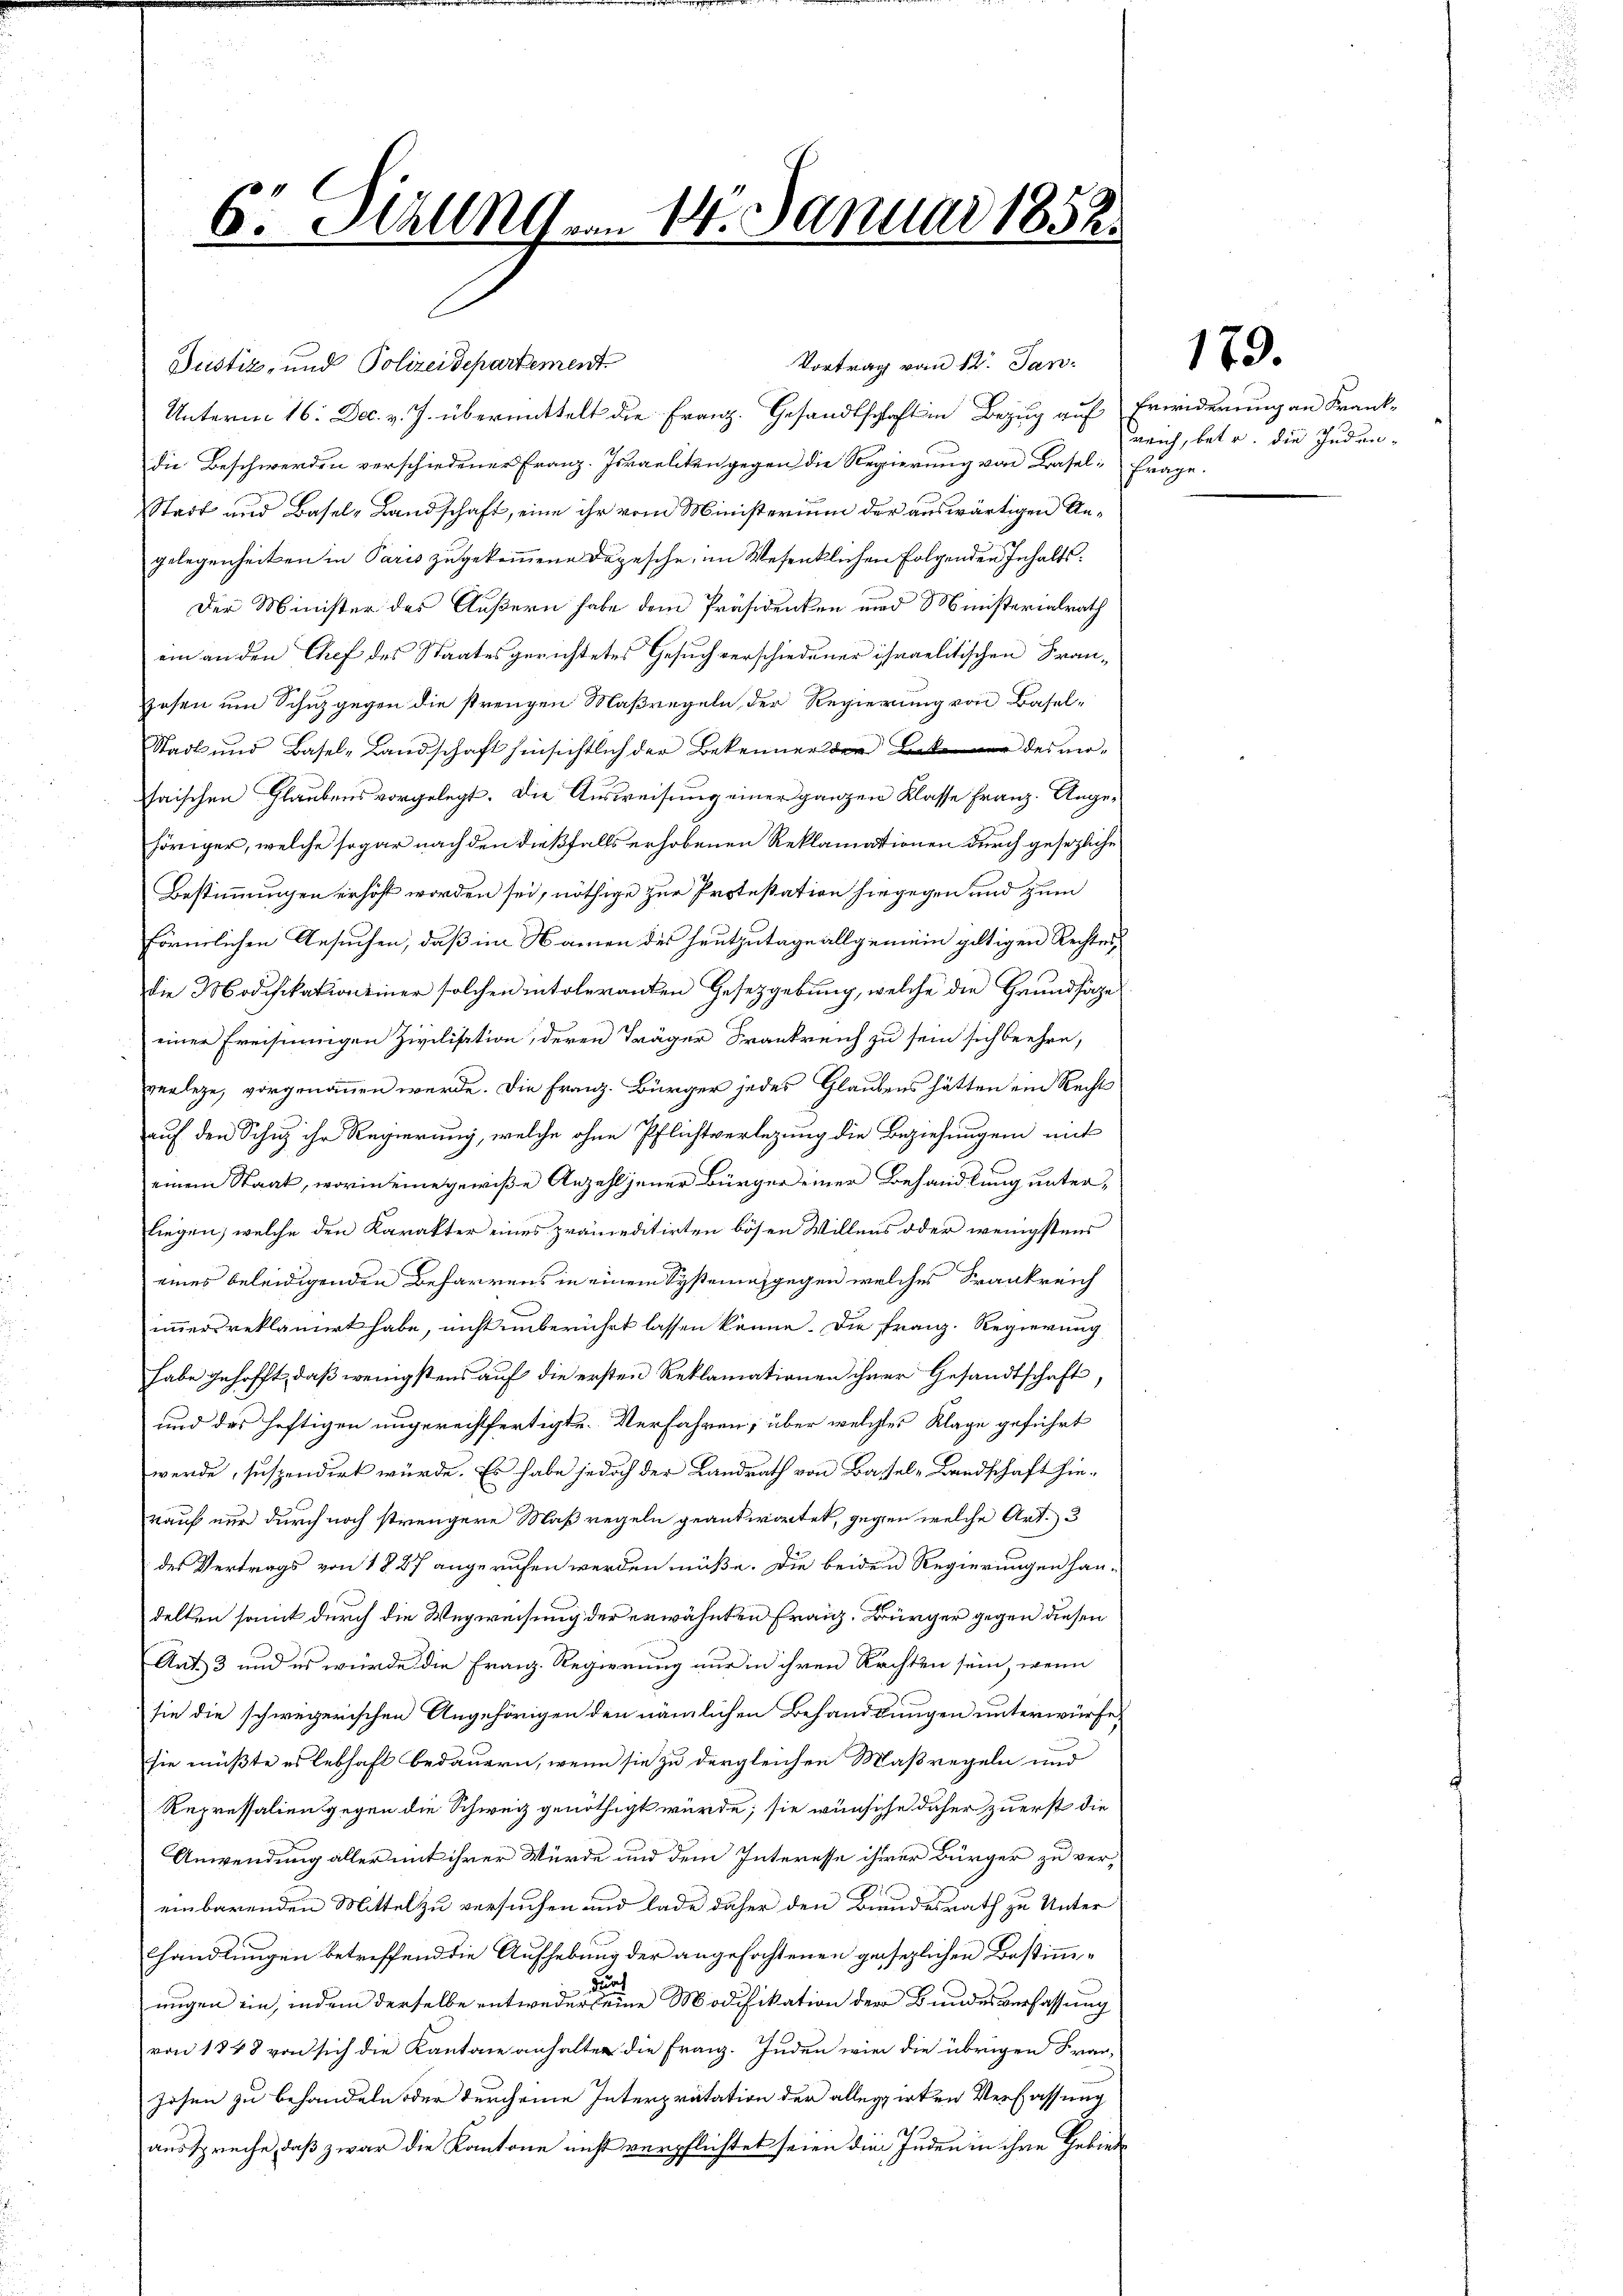
6. Hall von 16. Januar 1852

Justiz- und Polizeidepartement
Unterm 16. Dec. v. J. übermittelt die Franz. Gesandtschaft in Bezug auf
die Beschwerden verschiedener Franz-Israeliten gegen die Regierung von Basel, Frage.
Stadt und Basel-Landschaft, eine ihr vom Ministerium der auswärtigen Angelegenheiten in Paris zugekommene Depesche, im Wesentlichen folgenden Inhalts¬
Der Minister des Äußern habe dem Präsidenken und Ministerialrath
ein an den Chef des Staates gerichtetes Gesuch verschiedener israelitischen Franzosen um Schuz gegen die strengen Maßregeln der Regierung von Basel¬
Stadt und Basel-Landschaft hinsichtlich der Bekenner der Later des mohaischen Glaubens vorgelegt. Die Ausweisung einer ganzen Klasse Franz. Angehöriger, welche sogar nach den dießfalls erhobenen Reklamationen durch gesezliche
Bestimmungen erhöht worden sei, nöthige zur Protestation hiegegen und zum
förmlichen Ansuchen, daß im Namen des heutzutage allgemein giltigen Rechtes
die Modifikation einer solchen intoleranten Gesetzgebung, welche die Grundsäge
einer Freisinnigen Zivilisation, deren Träger Frankreich zu sein sich beehre,
verlege, vorgenommen werde. Die Franz. Bürger jedes Glaubens hätten ein Recht
auf den Schinz ihr Regierung, welche ohne Pflichtverlegung die Beziehungen mit
einem Staat, worin eine gewiße Anzahl jener Bürger einer Behandlung unterliegen, welche den Karakter eines prämieditirten bösen Willens oder wenigstens
eines beleidigenden Beharrens in einem Systematgegen welches Frankreich
immersreklamiert habe, nicht unberührt lassen könne. Die Franz. Regierung
habe gehofft, daß wenigstens auf die ersten Reklamationen ihrer Gesandtschaft
und das heftigen ungerechtfertigte. Verfahren, über welches Klage geführt
werde, suspendirt würde. Es habe jedoch der Landrath von Basel-Landschaft hie-
rauf nur durch noch strengere Maßregeln geantwortet, gegen welche Art. 3
des Vertrags von 1 § 27 angerufen werden müße. Die beiden Regierungen han-
delten samt durch die Wegweisung der erwähnten Franz. Bürger gegen diesen
Ant. 3 und es wurde die Franz. Regierung nur in ihren Rechten sein, wenn
sie die schwegerischen Angehörigen den nämlichen Behandlungen unterwürfe,
sie müßte es lebhaft bedauern, wenn sie zu dergleichen Maßregeln und
Repressalien gegen die Schweiz genöthigt würde; sie wünsche daher zuerst die
Anwendung aller mit ihrer Würde und dem Interesse ihrer Bürger zu ver-
einbarenden Mittel zu versuchen und lade daher den Bundesrath zu Unter
handlungen betreffend die Aufhebung der angefochtenen gesezlichen Bestimmungen ein, indem derselbe entweder eine Modifikation der Bundesverfassung
von 1848 von sich die Kantone anhalter die Franz. Juden wie die übrigen Fran-
zosen zu behandeln oder durch eine Interpretation der allegirten Verfassung
ausspreche, daß zwar die Kantone nicht verpflichtet seien die Juden in ihre Gebiet

Vortrag vom 12. Jan.

179.

Erwiderung an Krankreich, betr. die Juden¬